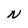
Character: N